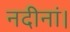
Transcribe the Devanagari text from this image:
नदीनां।